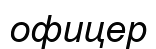
офицер